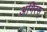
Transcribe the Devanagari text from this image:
अंगिरस्‌